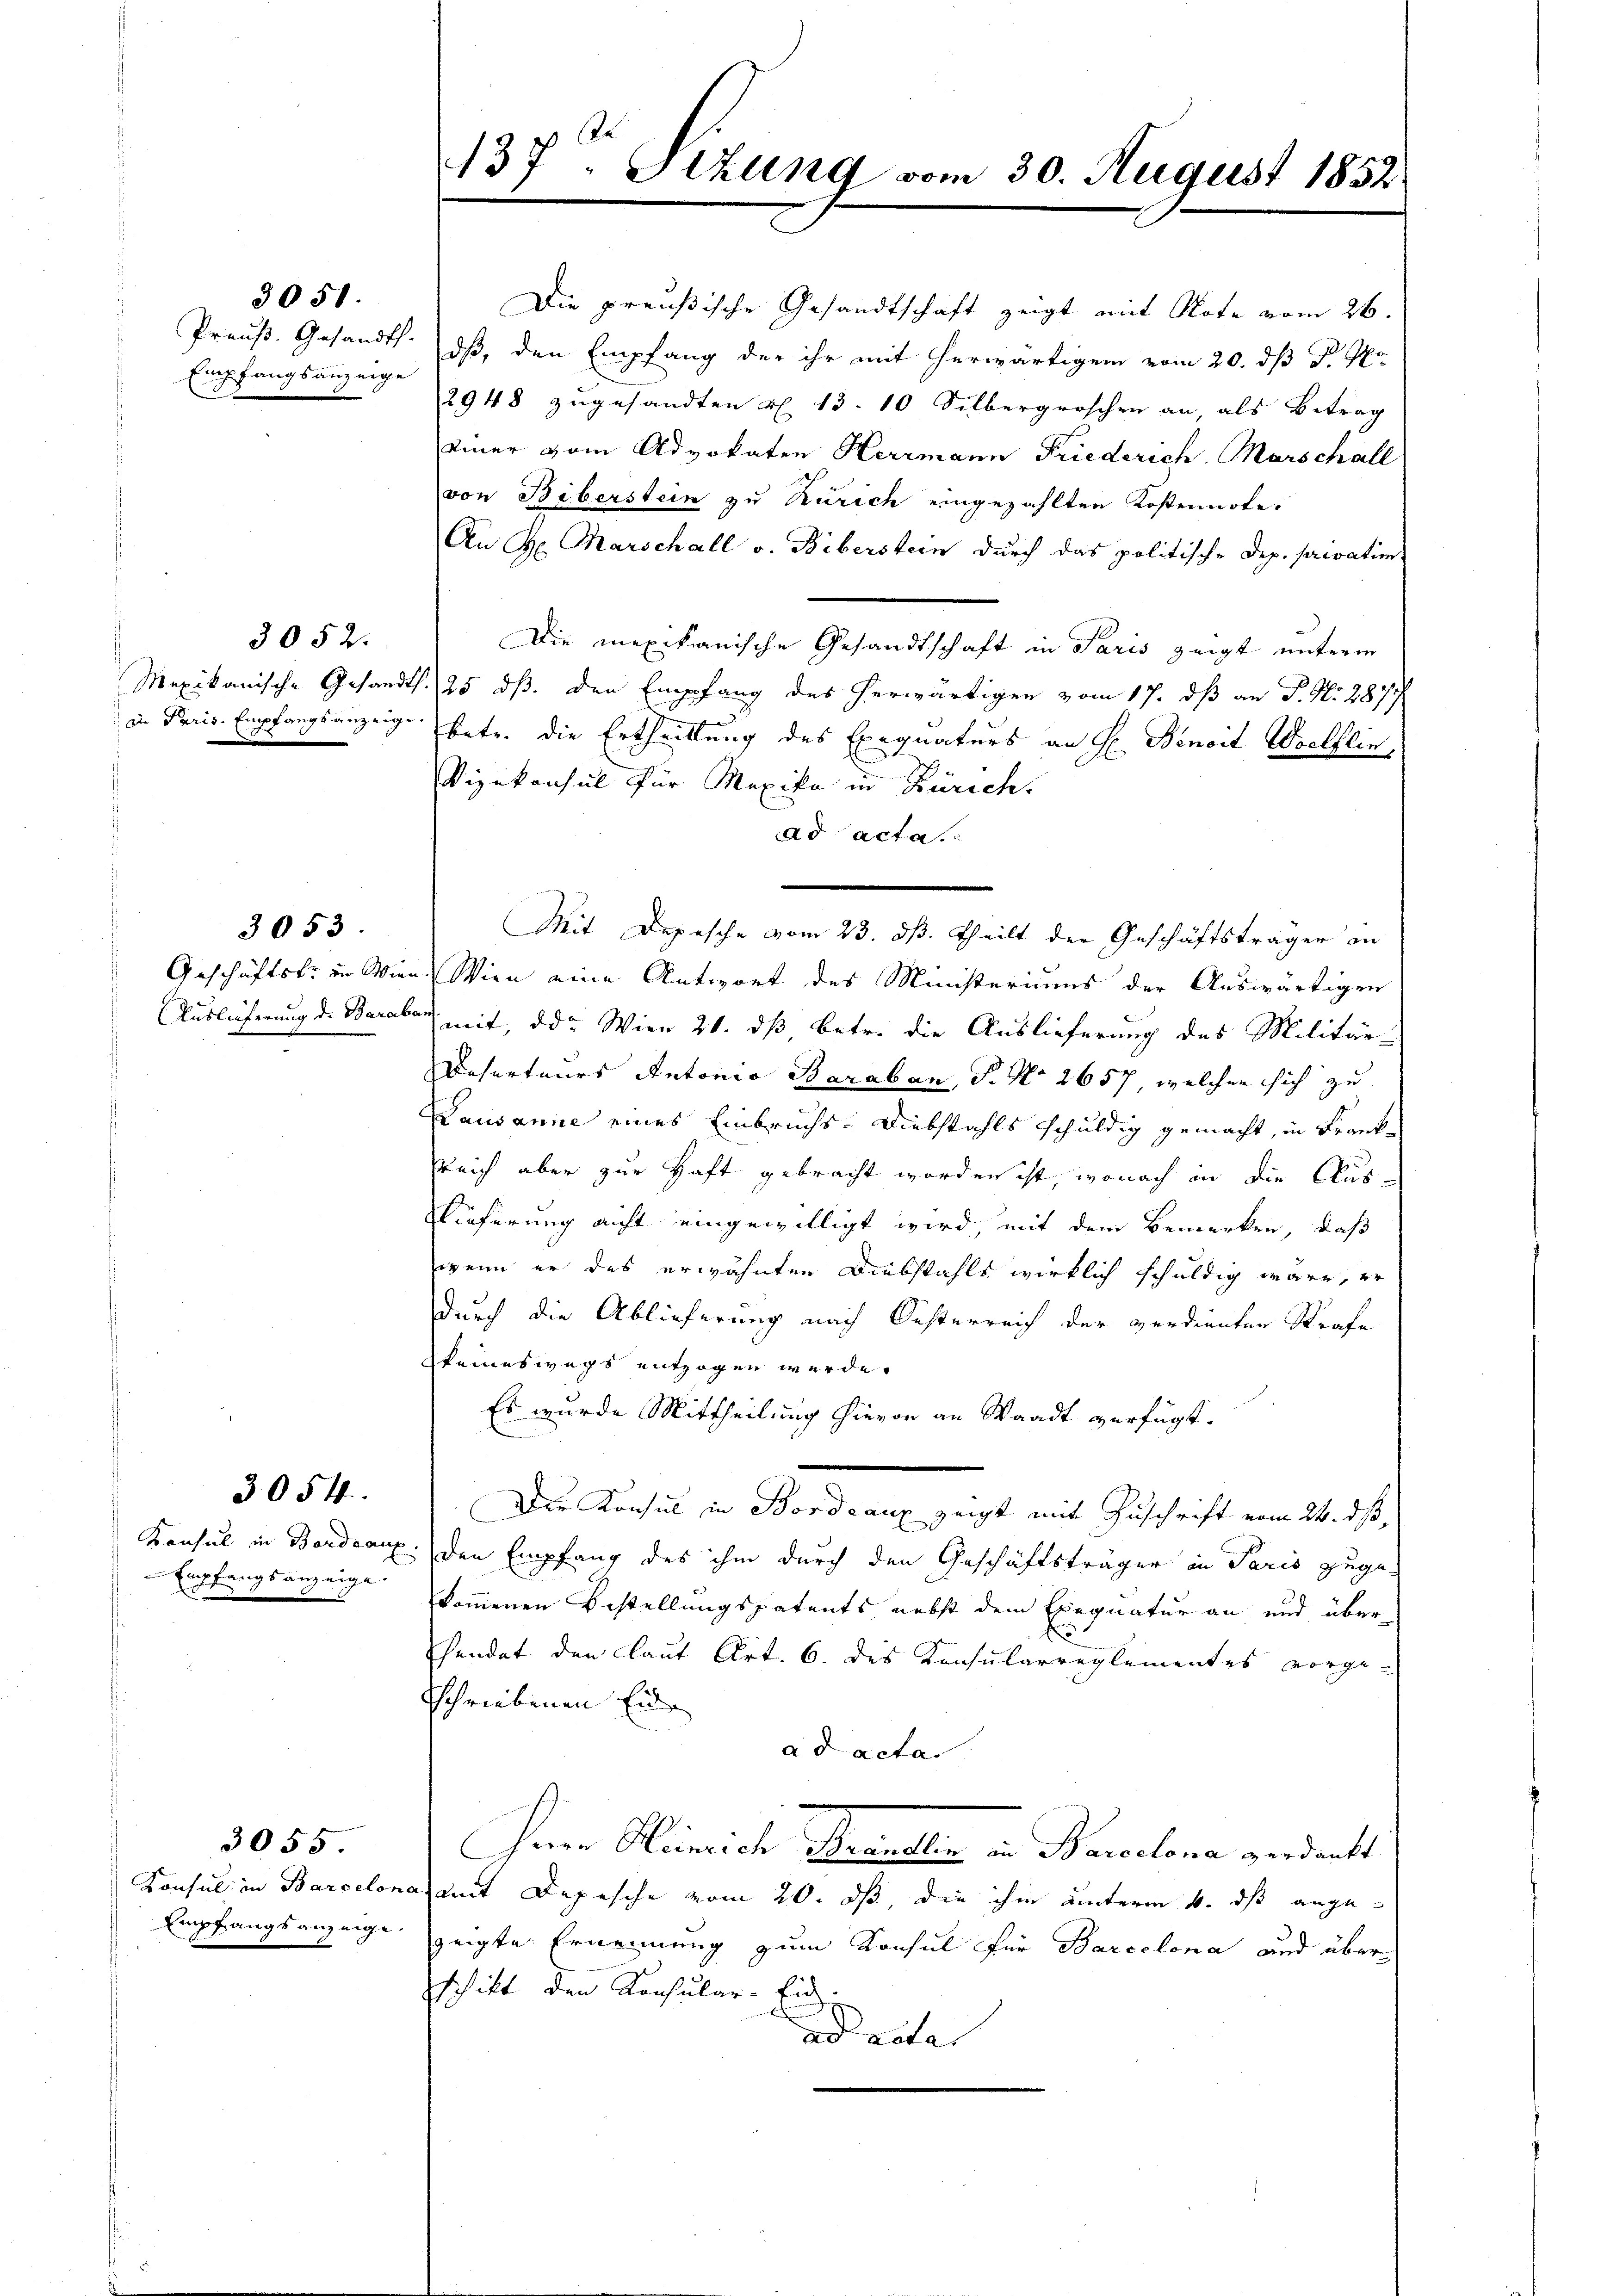
Empfangsanzeige

3051.

3052.

3053.

Empfangsanzeige.

3054.

3055.

137 Stzung vom 30. August 1852.

in Paris. Empfangsanzeige betr. die Ertheiltung des Exequaturs an H. Benoit Woelflin
Vizekonsul für Mexiko in Zürich.
ad acta.
Mit Depesche vom 23. dß. theilt der Geschäftsträger an
Geschäftskr in Wien. Wien eine Antwort des Ministeriums der Auswärtigen
Auslieferung d. Baraber mit, der Wien 21. daß betr. die Auslieferung des Militär-
Deserteurs Antonia Baraban, S. No 2657, welchen sich zu
Lausanne eines Einbruchs, Diebstahls schuldig gemacht, in Frank¬
Reich aber zur Haft gebracht worden ist, wonach in die Aus-
Kieferung nicht eingewilligt wird, mit dem Bemerken, daß
wenn er des erwähnten Diebstahls wirklich schuldig wäre, er
durch die Ablieferung nach Oesterreich der verdienten Strafe
keineswegs entzogen werde.
Es wurde Mittheilung hievon an Waadt verfügt:
Der Konsul in Bordeaux zeigt mit Zuschrift vom 24. ds
Konsul in Berdeaux, den Empfang des ihm durch den Geschäftsträger in Paris zugekommenen Bestellungspatents nebst dem Exequatur an und über¬
Pendet den laut Art. 6. des Konsularreglementes vorge-
Schriebenen Eine
ad acta.
Pere Heinrich Ramelle in Barcelona verdankt
Konsul in Barcelona mit Depesche vom 20. ds, die ihm unterm 4. dß ange¬
Empfangsanzeige zeigte Ernennung zum Konsul für Barcelona und über
schikt den Konsular-Ein
ad acta

Die preußische Gesandtschaft zeigt mit Note vom 26.
Preuß. Gesandts. daß, den Empfang der ihr mit herwärtigem vom 20. dß d. M.
2948 zugesandten u. 13. 10 Silbergroschen an, als Betrag
einer vom Advokaten Herrmann Friederich-Marschall
von Biberstein zu Zürich eingezahlten Kostennote.
An Hr. Marschall v. Biberstein durch das politische Dip. privatim
Die mexikanische Gesandtschaft in Paris zeigt unterm
Mexikanische Gesandts 25 dß. den Empfang des herwärtigen vom 17. dß an J. No. 287,